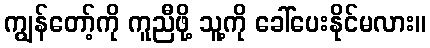
ကျွန်တော့်ကို ကူညီဖို့ သူ့ကို ခေါ်ပေးနိုင်မလား။